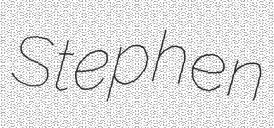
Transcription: Stephen